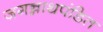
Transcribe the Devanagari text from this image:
जगन्नाथपंडित